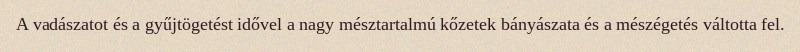
A vadászatot és a gyűjtögetést idővel a nagy mésztartalmú kőzetek bányászata és a mészégetés váltotta fel.